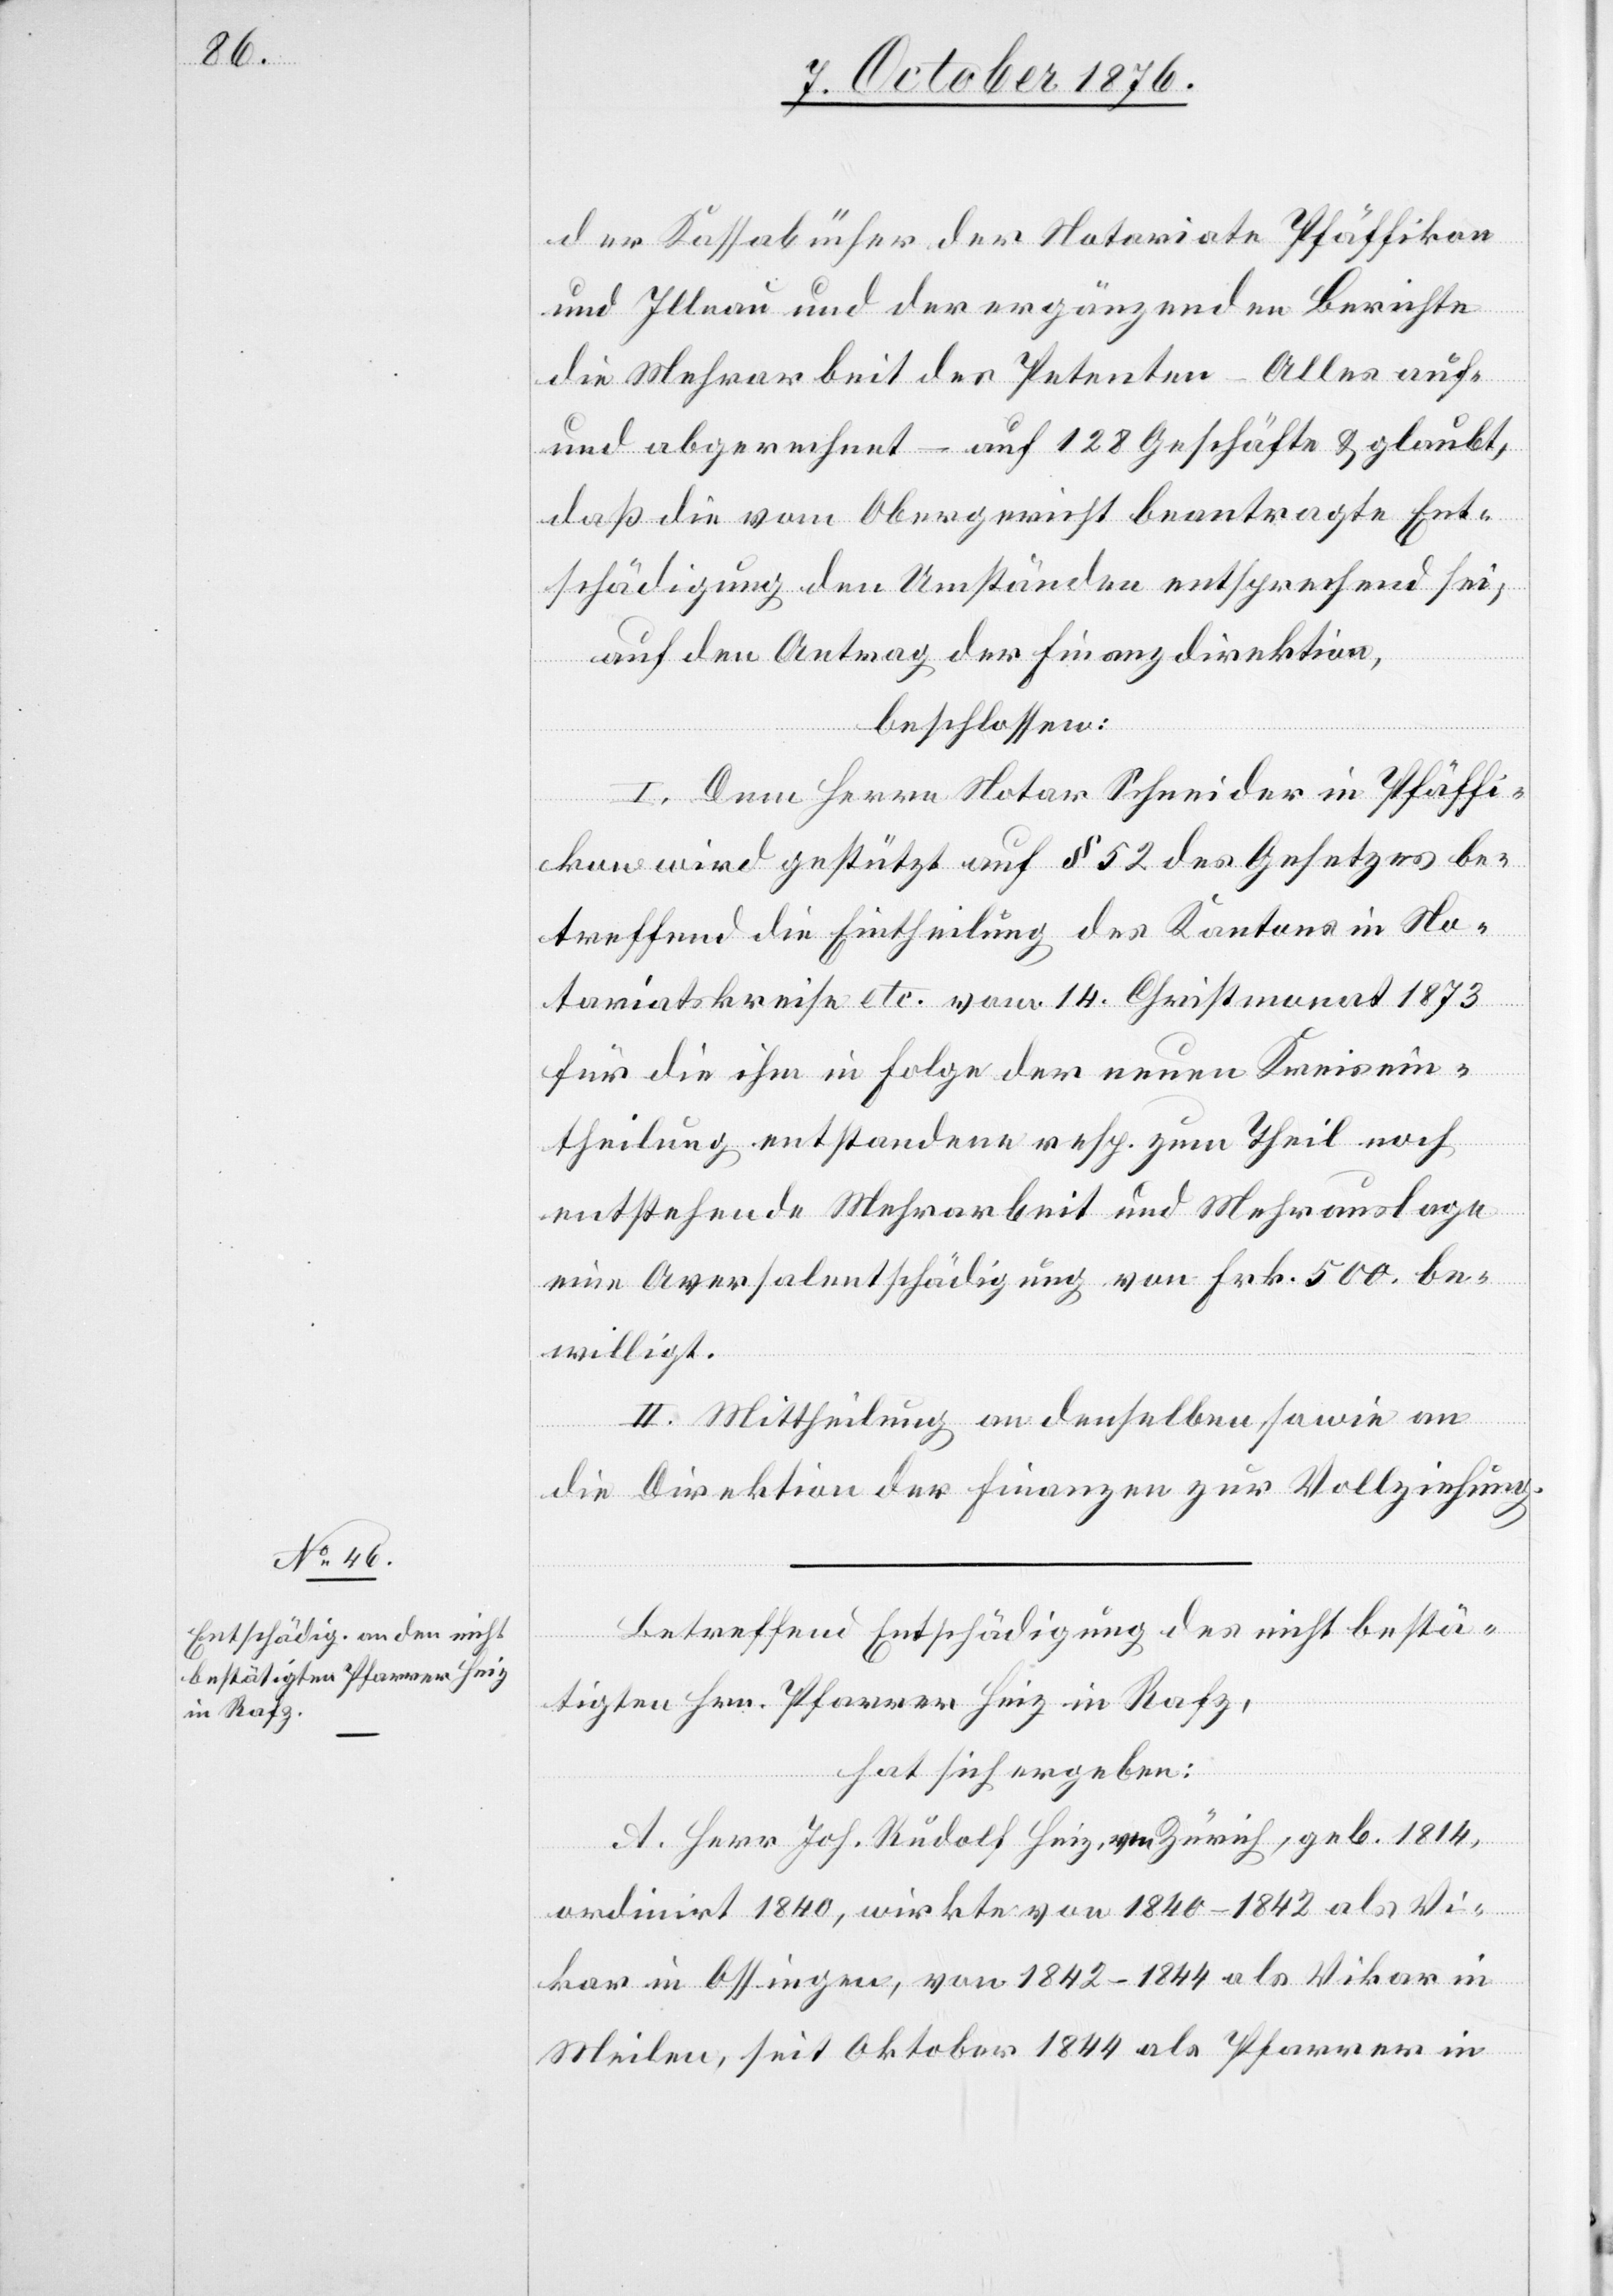
der Kassabücher der Notariate Pfäffikon
und Illnau und der ergänzenden Berichte
die Mehrarbeit des Petenten. Alles auf-
und abgerechnet – auf 128 Geschäfte & glaubt,
daß die vom Obergericht beantragte Ent¬
schädigung den Umständen entsprechend sei,
auf den Antrag der Finanzdirektion,
beschlossen:
I. Dem Herrn Notar Schneider in Pfäffi¬
kon wird gestützt auf § 52 des Gesetzes be¬
treffend die Eintheilung des Kantons in No¬
tariatskreise etc. vom 14. Christmonat 1873
für die ihm in Folge der neuen Kreisein¬
theilung entstandenen resp. zum Theil noch
entstehende Mehrarbeit und Mehrauslage
eine Aversalentschädigung von Frk. 500. be¬
willigt.
II. Mittheilung an denselben, sowie an
die Direktion der Finanzen zur Vollziehung.
Betreffend Entschädigung des nicht bestä¬
tigten Hrn. Pfarrer Heiz in Rafz,
hat sich ergeben:
A. Herr Joh. Rudolf Heiz, von Zürich, geb. 1814,
ordinirt 1840, wirkte von 1840–1842 als Vi¬
kar in Ossingen, von 1842–1844 als Vikar in
Meilen, seit Oktober 1844 als Pfarrer in